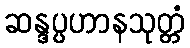
ဆန္ဒပ္ပဟာနသုတ္တံ